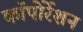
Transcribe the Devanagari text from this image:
काॅपोर्रेशन